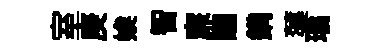
室庚娭智亷釀鐫蕖璚